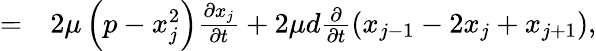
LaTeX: \begin{array}{rl}{=}&{{}2\mu\left(p-x_{j}^{2}\right)\frac{\partial x_{j}}{\partial t}+2\mu d\frac{\partial}{\partial t}\left(x_{j-1}-2x_{j}+x_{j+1}\right),}\end{array}